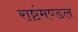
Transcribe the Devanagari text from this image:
राष्टंमण्डल